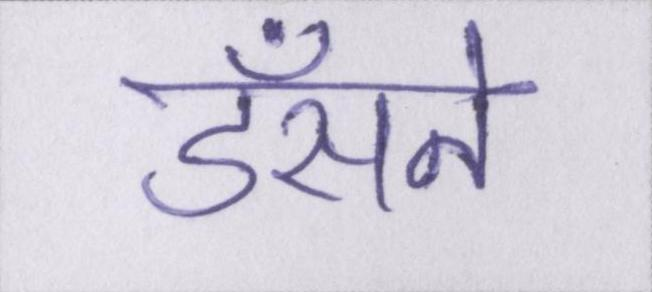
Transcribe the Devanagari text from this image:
डँसने